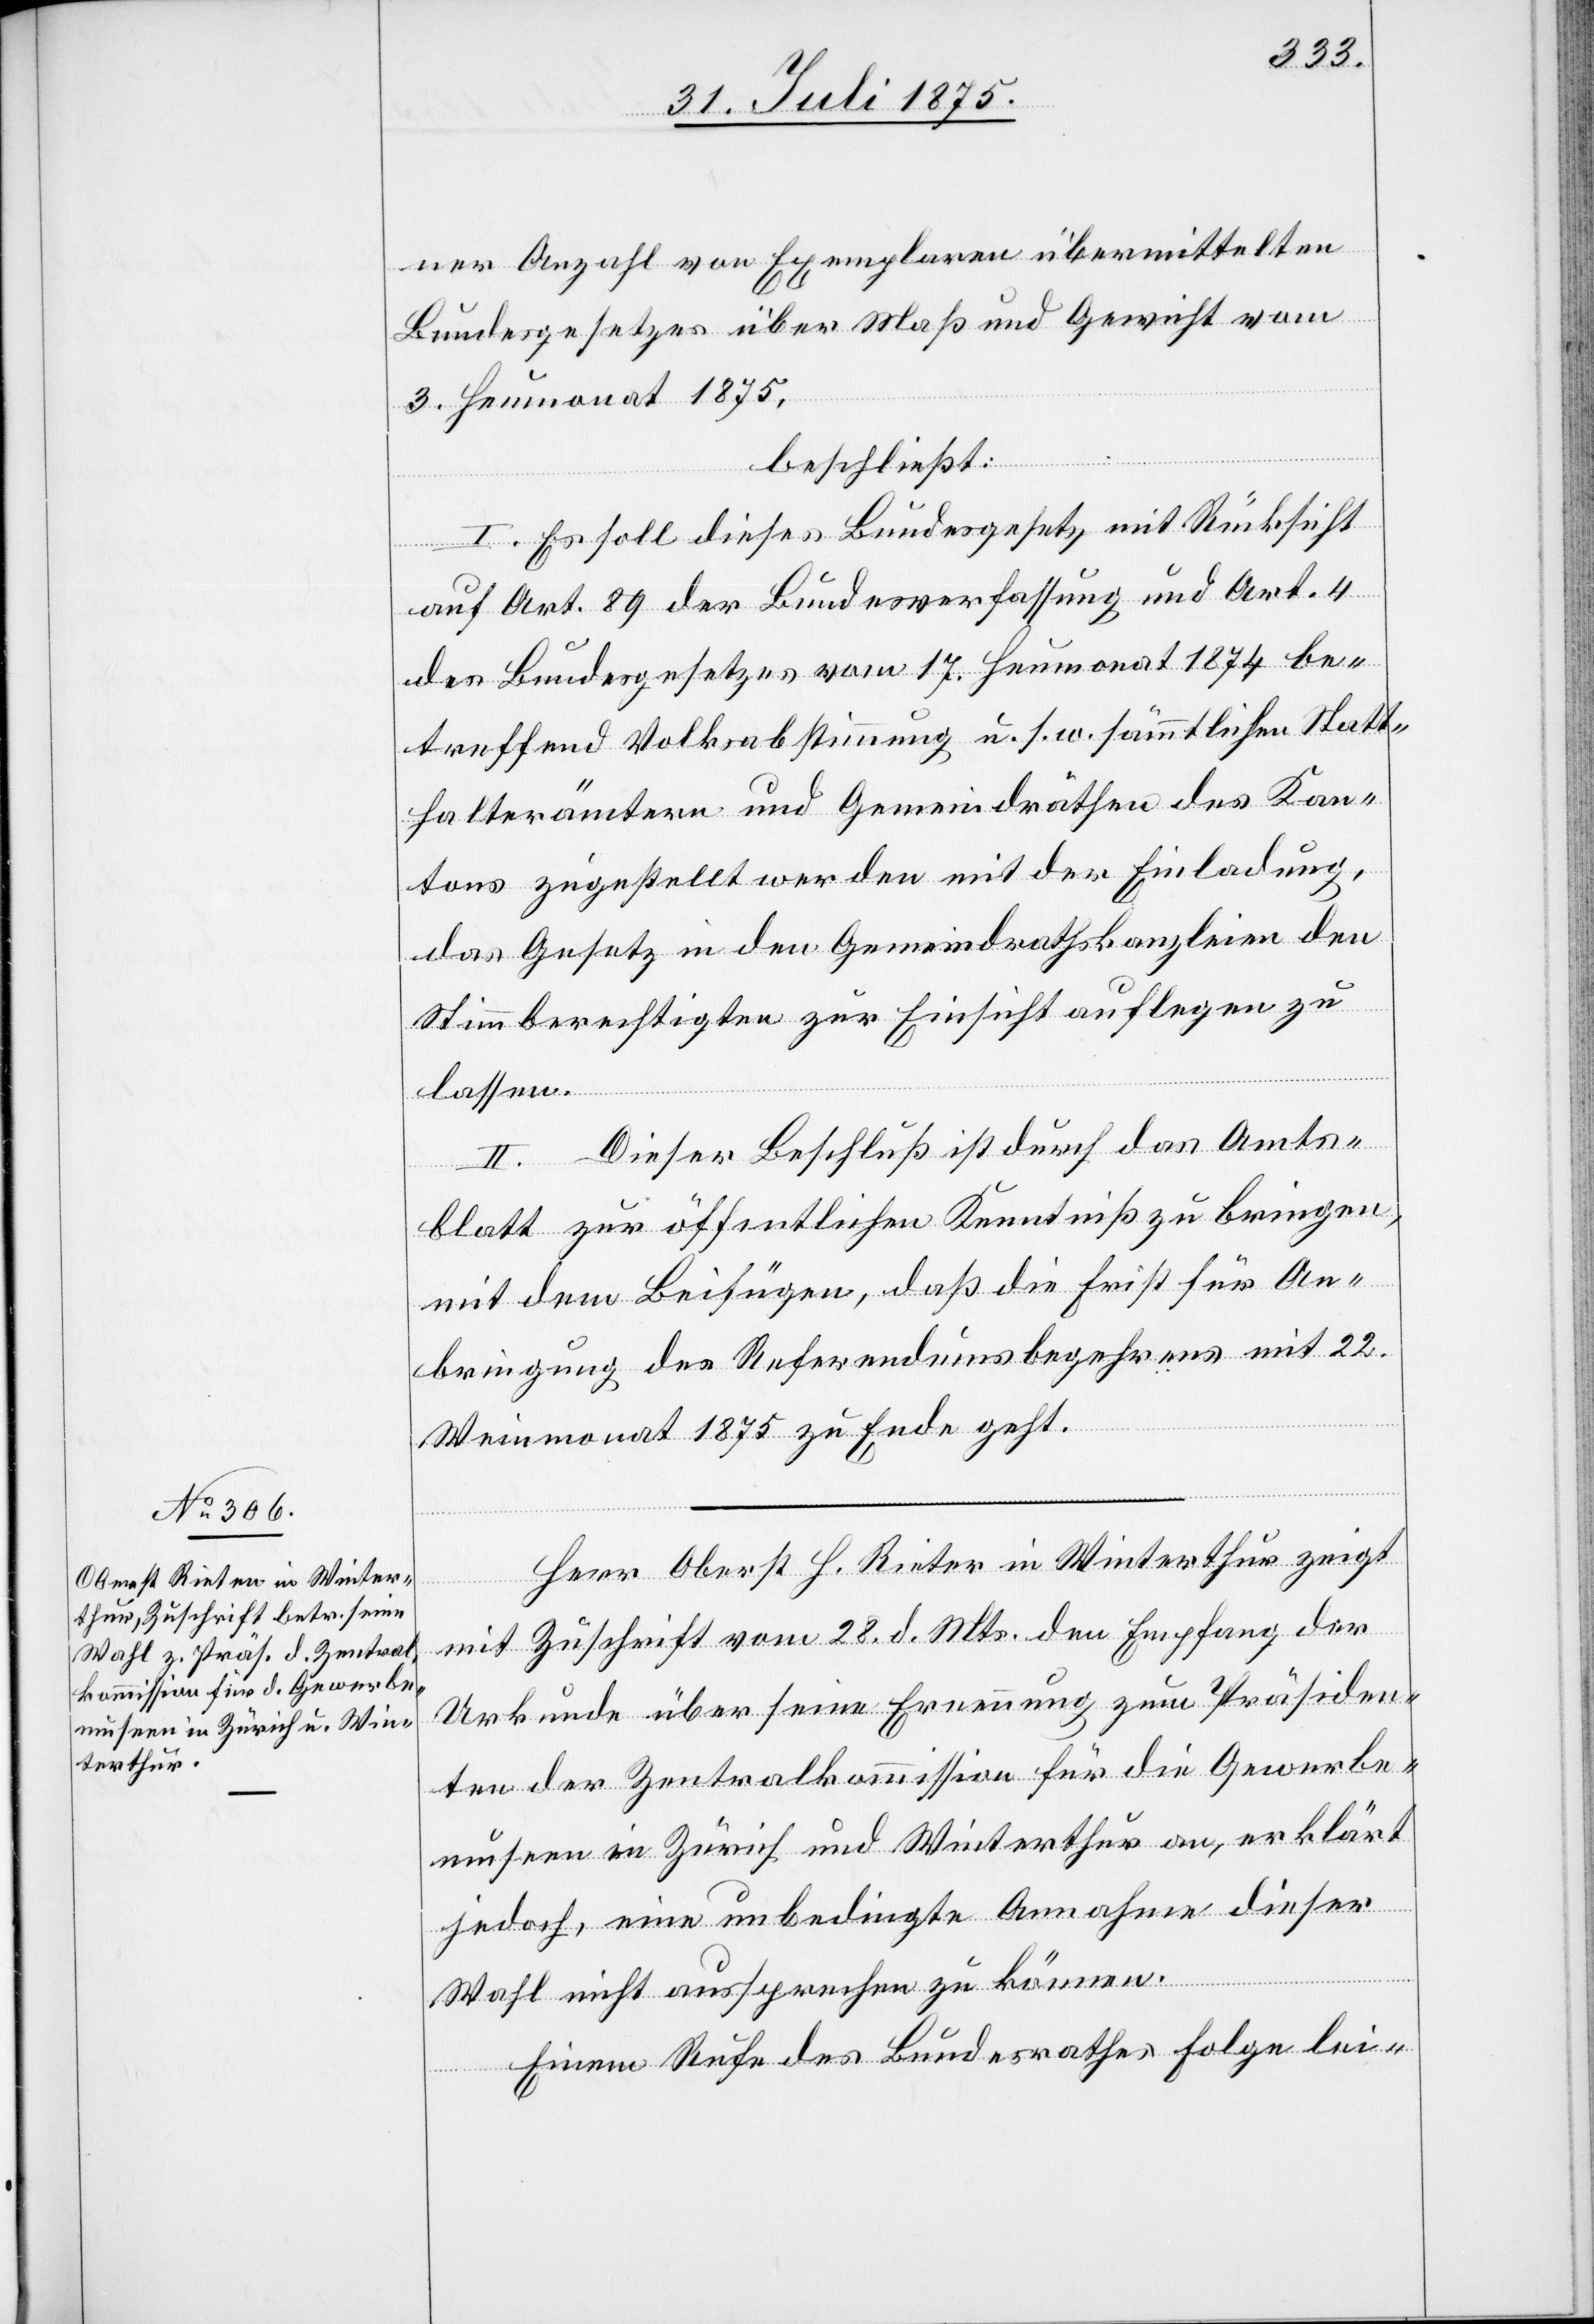
ner Anzahl von Exemplaren übermittelten
Bundesgesetzes über Maß und Gewicht vom
3. Heumonat 1875,
beschließt:
I. Es soll dieses Bundesgesetz mit Rücksicht
auf Art. 89 der Bundesverfassung und Art. 4
des Bundesgesetzes vom 17. Heumonat 1874 be¬
treffend Volksabstimmung u. s. w. sämmtlichen Statt¬
halterämtern und Gemeindräthen des Kan¬
tons zugestellt werden mit der Einladung,
das Gesetz in den Gemeindrathskanzleien den
Stimmberechtigten zur Einsicht auflegen zu
lassen.
II. Dieser Beschluß ist durch das Amts¬
blatt zur öffentlichen Kenntniß zu bringen,
mit dem Beifügen, daß die Frist für An¬
bringung des Referendumsbegehrens mit 22.
Weinmonat 1875 zu Ende geht.
Herr Oberst H. Rieter in Winterthur zeigt
mit Zuschrift vom 28. d. Mts. den Empfang der
Urkunde über seine Ernennung zum Präsiden¬
ten der Zentralkommission für die Gewerbe¬
museen in Zürich und Winterthur an, erklärt
jedoch, eine unbedingte Annahme dieser
Wahl nicht aussprechen zu können.
Einem Rufe des Bundesrathes folge lei-